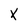
Character: X